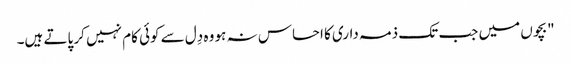
"بچوں میں جب تک ذمہ داری کا احساس نہ ہو وہ دِل سے کوئی کام نہیں کر پاتے ہیں۔